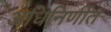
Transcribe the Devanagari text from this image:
अधिनिर्णीत